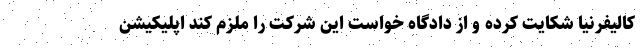
کالیفرنیا شکایت کرده و از دادگاه خواست این شرکت را ملزم کند اپلیکیشن